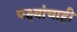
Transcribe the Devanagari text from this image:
पक्ष्यांचाही